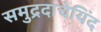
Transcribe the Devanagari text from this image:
समुद्रदाचेयिंद